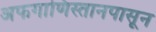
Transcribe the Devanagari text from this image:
अफगाणिस्तानपासून